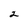
Character: 2